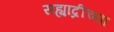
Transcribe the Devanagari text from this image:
सह्याद्रीच्‍या